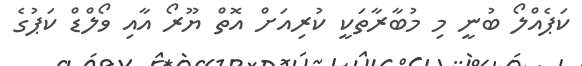
ކަޕެއްލޯ ބުނީ މި މުބާރާތަކީ ކުރިއަށް އޮތް ޔޫރޯ އާއި ވޯލްޑް ކަޕުގެ